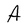
Character: A